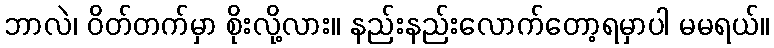
ဘာလဲ၊ ဝိတ်တက်မှာ စိုးလို့လား။ နည်းနည်းလောက်တော့ရမှာပါ မမရယ်။